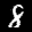
Label: 8